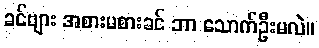
ခင်ဗျား အစားမစားခင် ဘာ သောက်ဦးမလဲ။